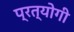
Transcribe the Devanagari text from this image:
प्रत्योगी